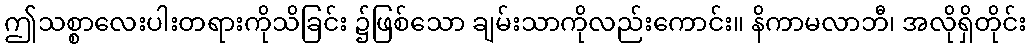
ဤသစ္စာလေးပါးတရားကိုသိခြင်း ၌ဖြစ်သော ချမ်းသာကိုလည်းကောင်း။ နိကာမလာဘီ၊ အလိုရှိတိုင်း